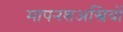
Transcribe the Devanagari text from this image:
मापनशअस्त्रियों